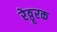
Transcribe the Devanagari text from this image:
रेठ्ठूरक